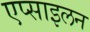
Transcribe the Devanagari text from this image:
एप्साइलन